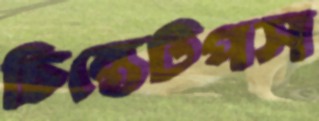
চিন্তেটপস